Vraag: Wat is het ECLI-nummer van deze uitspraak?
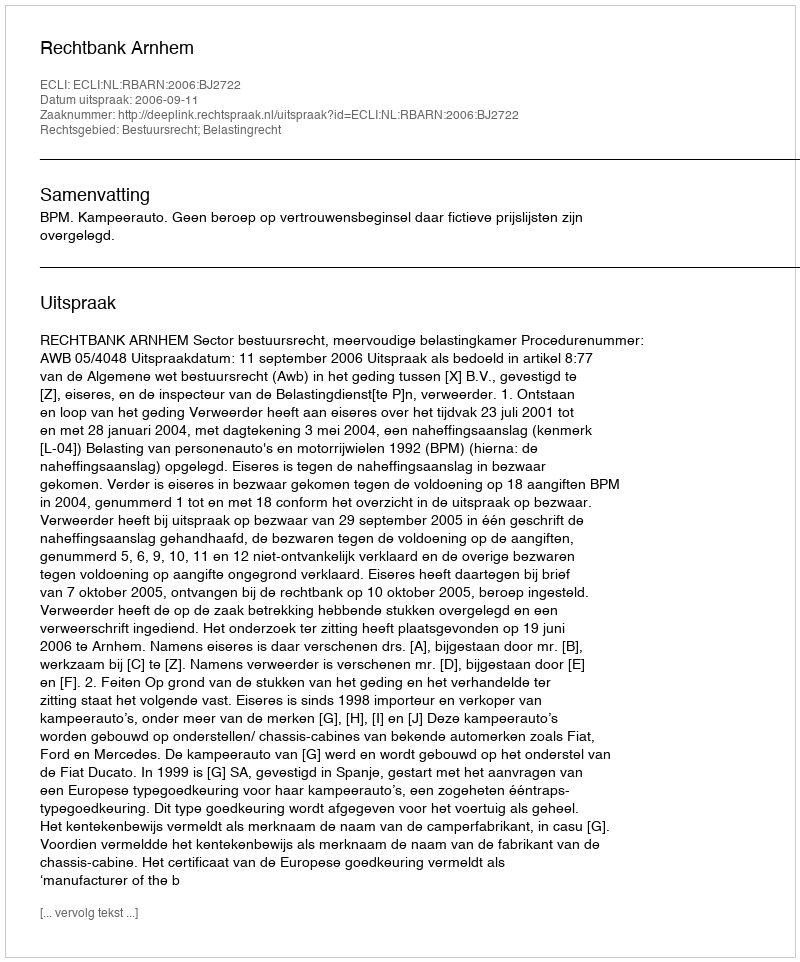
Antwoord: ECLI:NL:RBARN:2006:BJ2722